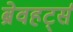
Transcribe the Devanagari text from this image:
ब्रेवहर्ट्स